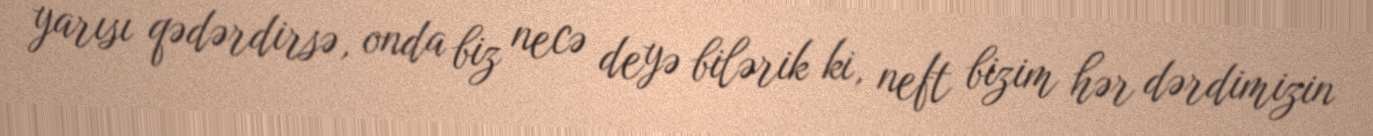
yarısı qədərdirsə, onda biz necə deyə bilərik ki, neft bizim hər dərdimizin